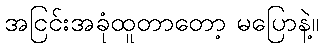
အငြင်းအခုံထူတာတော့ မပြောနဲ့။